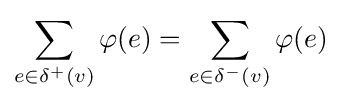
\sum _{e\in \delta ^{+}(v)}\varphi (e)=\sum _{e\in \delta ^{-}(v)}\varphi (e)